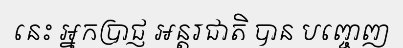
នេះ អ្នកប្រាជ្ញ អន្តរជាតិ បាន បញ្ចេញ